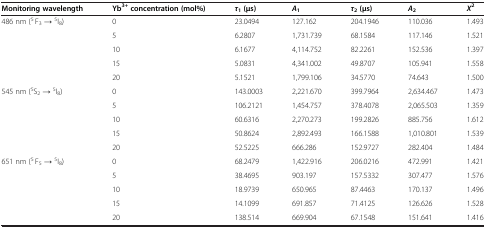
<table><thead><tr><td><b>Monitoring wavelength</b></td><td><b>Yb<sup>3+</sup>concentration (mol%)</b></td><td><b><i>τ</i><sub>1</sub>(μs)</b></td><td><b><i>A</i><sub>1</sub></b></td><td><b><i>τ</i><sub>2</sub>(μs)</b></td><td><b><i>A</i><sub>2</sub></b></td><td><b><i>X</i><sup>2</sup></b></td></tr></thead><tbody><tr><td>486 nm (<sup>5</sup> F<sub>3</sub> → <sup>5</sup>I<sub>8</sub>)</td><td>0</td><td>23.0494</td><td>127.162</td><td>204.1946</td><td>110.036</td><td>1.493</td></tr><tr><td> </td><td>5</td><td>6.2807</td><td>1,731.739</td><td>68.1584</td><td>117.146</td><td>1.521</td></tr><tr><td> </td><td>10</td><td>6.1677</td><td>4,114.752</td><td>82.2261</td><td>152.536</td><td>1.397</td></tr><tr><td> </td><td>15</td><td>5.0831</td><td>4,341.002</td><td>49.8707</td><td>105.941</td><td>1.558</td></tr><tr><td> </td><td>20</td><td>5.1521</td><td>1,799.106</td><td>34.5770</td><td>74.643</td><td>1.500</td></tr><tr><td>545 nm (<sup>5</sup>S<sub>2</sub> → <sup>5</sup>I<sub>8</sub>)</td><td>0</td><td>143.0003</td><td>2,221.670</td><td>399.7964</td><td>2,634.467</td><td>1.473</td></tr><tr><td> </td><td>5</td><td>106.2121</td><td>1,454.757</td><td>378.4078</td><td>2,065.503</td><td>1.359</td></tr><tr><td> </td><td>10</td><td>60.6316</td><td>2,270.273</td><td>199.2826</td><td>885.756</td><td>1.612</td></tr><tr><td> </td><td>15</td><td>50.8624</td><td>2,892.493</td><td>166.1588</td><td>1,010.801</td><td>1.539</td></tr><tr><td> </td><td>20</td><td>52.5225</td><td>666.286</td><td>152.9727</td><td>282.404</td><td>1.484</td></tr><tr><td>651 nm (<sup>5</sup> F<sub>5</sub> → <sup>5</sup>I<sub>8</sub>)</td><td>0</td><td>68.2479</td><td>1,422.916</td><td>206.0216</td><td>472.991</td><td>1.421</td></tr><tr><td> </td><td>5</td><td>38.4695</td><td>903.197</td><td>157.5332</td><td>307.477</td><td>1.576</td></tr><tr><td> </td><td>10</td><td>18.9739</td><td>650.965</td><td>87.4463</td><td>170.137</td><td>1.496</td></tr><tr><td> </td><td>15</td><td>14.1099</td><td>691.857</td><td>71.4125</td><td>126.626</td><td>1.528</td></tr><tr><td> </td><td>20</td><td>138.514</td><td>669.904</td><td>67.1548</td><td>151.641</td><td>1.416</td></tr></tbody></table>